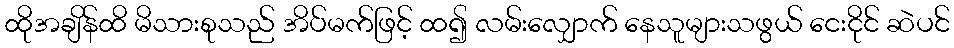
ထိုအချိန်ထိ မိသားစုသည် အိပ်မက်ဖြင့် ထ၍ လမ်းလျှောက် နေသူများသဖွယ် ငေးငိုင် ဆဲပင်